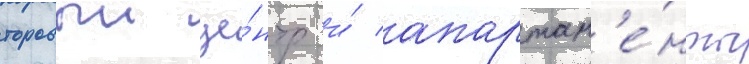
торовыи це́нтр и́ апартам'е́нты